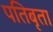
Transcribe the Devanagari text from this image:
पतिबृता